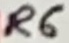
Text: R6